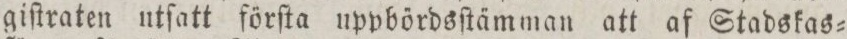
giſtraten utſatt förſta uppbördsſtämman att af Stadskas=